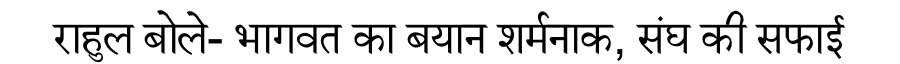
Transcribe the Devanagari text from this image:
राहुल बोले- भागवत का बयान शर्मनाक, संघ की सफाई